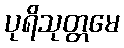
ပုရိသုတ္တမေ